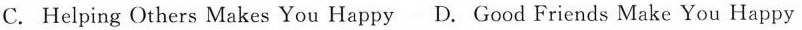
C. Helping Others Makes You Happy D.Good Friends Make You Happy